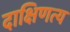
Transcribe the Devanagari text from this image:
दाक्षिणत्य